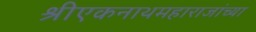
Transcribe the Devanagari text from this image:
श्रीएकनाथमहाराजांच्या